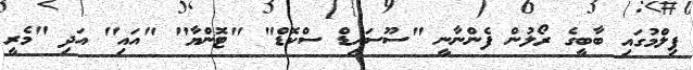
ފިލްމުގައި ބާބީގެ ރޯލުން ފެންނާނީ "ސޫސައިޑް ސްކޮޑް" "ޓޮންޔާ" "އައި" އަދި "މެރީ